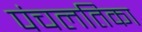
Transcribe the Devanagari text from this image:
पंचलतिका